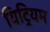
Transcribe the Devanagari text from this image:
यिट्रियम